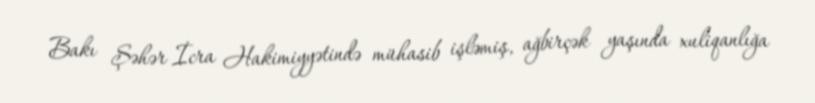
Bakı Şəhər İcra Hakimiyyətində mühasib işləmiş, ağbirçək yaşında xuliqanlığa